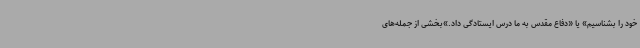
خود را بشناسیم» یا «دفاع مقدس به ما درس ایستادگی داد.»بخشی از جمله‌های